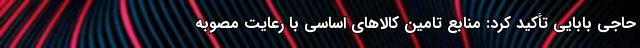
حاجی بابایی تأکید کرد: منابع تامین کالا‌های اساسی با رعایت مصوبه